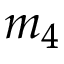
m _ { 4 }